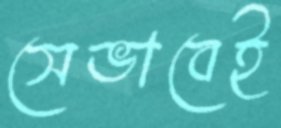
সেভাবেই